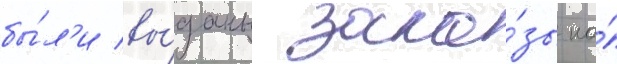
бы́л'и вы́даны зака́зы на́